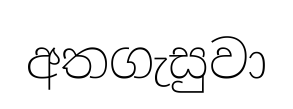
අතගැසුවා